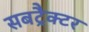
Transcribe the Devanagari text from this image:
सबट्रैक्टर